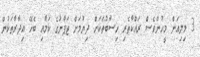
3 މިލިއަން މީހުންވެސް ރައްކާތެރި ހިސާބުތަކަށް ދިޔުމަށް ޖަޕާނުގެ ކަމާއި ބެހޭ އިދާރާތަކުން